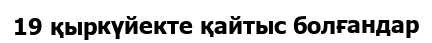
19 қыркүйекте қайтыс болғандар